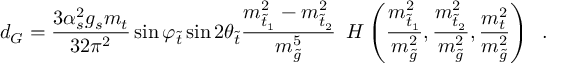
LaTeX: d _ { G } = \frac { 3 \alpha _ { s } ^ { 2 } g _ { s } m _ { t } } { 3 2 \pi ^ { 2 } } \sin \varphi _ { \tilde { t } } \sin 2 \theta _ { \tilde { t } } \frac { m _ { \tilde { t } _ { 1 } } ^ { 2 } - m _ { \tilde { t } _ { 2 } } ^ { 2 } } { m _ { \tilde { g } } ^ { 5 } } \enspace H \left( \frac { m _ { \tilde { t } _ { 1 } } ^ { 2 } } { m _ { \tilde { g } } ^ { 2 } } , \frac { m _ { \tilde { t } _ { 2 } } ^ { 2 } } { m _ { \tilde { g } } ^ { 2 } } , \frac { m _ { t } ^ { 2 } } { m _ { \tilde { g } } ^ { 2 } } \right) \enspace .